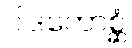
ပါဒကောစ္ဆံ